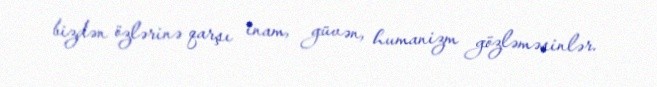
bizdən özlərinə qarşı inam, güvən, humanizm gözləməsinlər.